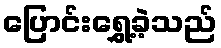
ပြောင်းရွှေ့ခဲ့သည်